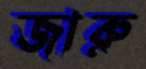
জারু